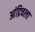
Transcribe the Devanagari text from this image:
आंद्रिचला